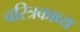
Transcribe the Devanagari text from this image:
चरित्रकाव्य